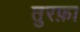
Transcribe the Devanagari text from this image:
तुरफ़ा